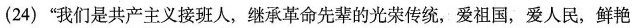
(24)”我们是共产主义接班人，继承革命先辈的光荣传统，爱祖国，爱人民，鲜艳